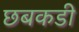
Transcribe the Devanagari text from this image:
छबकडी